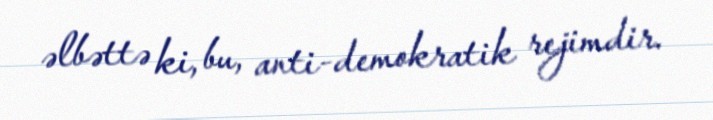
əlbəttə ki, bu, anti-demokratik rejimdir.